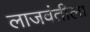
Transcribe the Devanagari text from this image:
लाजवंतीला